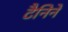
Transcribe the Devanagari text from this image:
टैनिनें